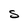
Character: S